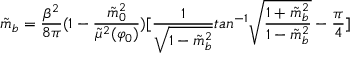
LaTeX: \tilde { m } _ { b } = { \frac { \beta ^ { 2 } } { 8 \pi } } ( 1 - { \frac { \tilde { m } _ { 0 } ^ { 2 } } { \tilde { \mu } ^ { 2 } ( \varphi _ { 0 } ) } } ) [ { \frac { 1 } { \sqrt { 1 - \tilde { m } _ { b } ^ { 2 } } } } t a n ^ { - 1 } \sqrt { { \frac { 1 + \tilde { m } _ { b } ^ { 2 } } { 1 - \tilde { m } _ { b } ^ { 2 } } } } - { \frac { \pi } { 4 } } ]